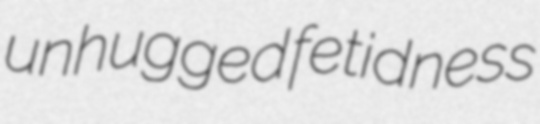
unhugged fetidness